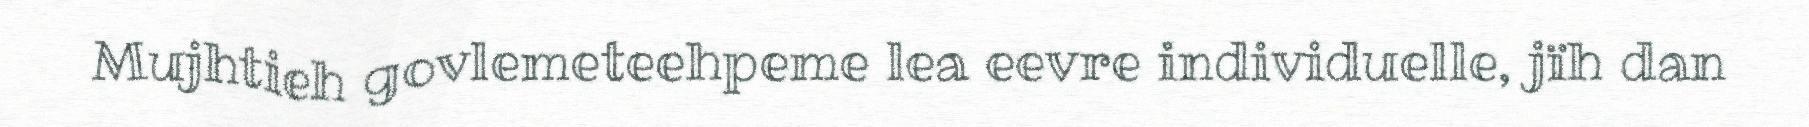
Mujhtieh govlemeteehpeme lea eevre individuelle, jïh dan